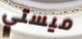
ميستي